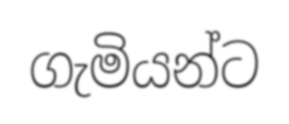
ගැමියන්ට